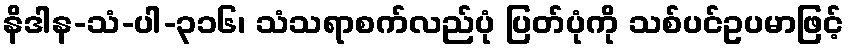
နိဒါန-သံ-ပါ-၃၁၆၊ သံသရာစက်လည်ပုံ ပြတ်ပုံကို သစ်ပင်ဥပမာဖြင့်